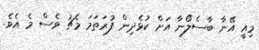
މިއީ އޭނާ ބާސެލޯނާ އަށް ކުޅެދިން ފުރަތަމަ މެޗު ވެސް މެ އެވެ.